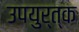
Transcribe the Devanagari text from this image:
उपयुर्त्क